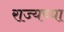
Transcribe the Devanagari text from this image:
राज्यच्या